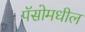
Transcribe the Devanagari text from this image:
पॅसोमधील